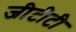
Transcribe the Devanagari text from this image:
जीटीटी